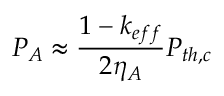
P _ { A } \approx \frac { 1 - k _ { e f f } } { 2 \eta _ { A } } P _ { t h , c }